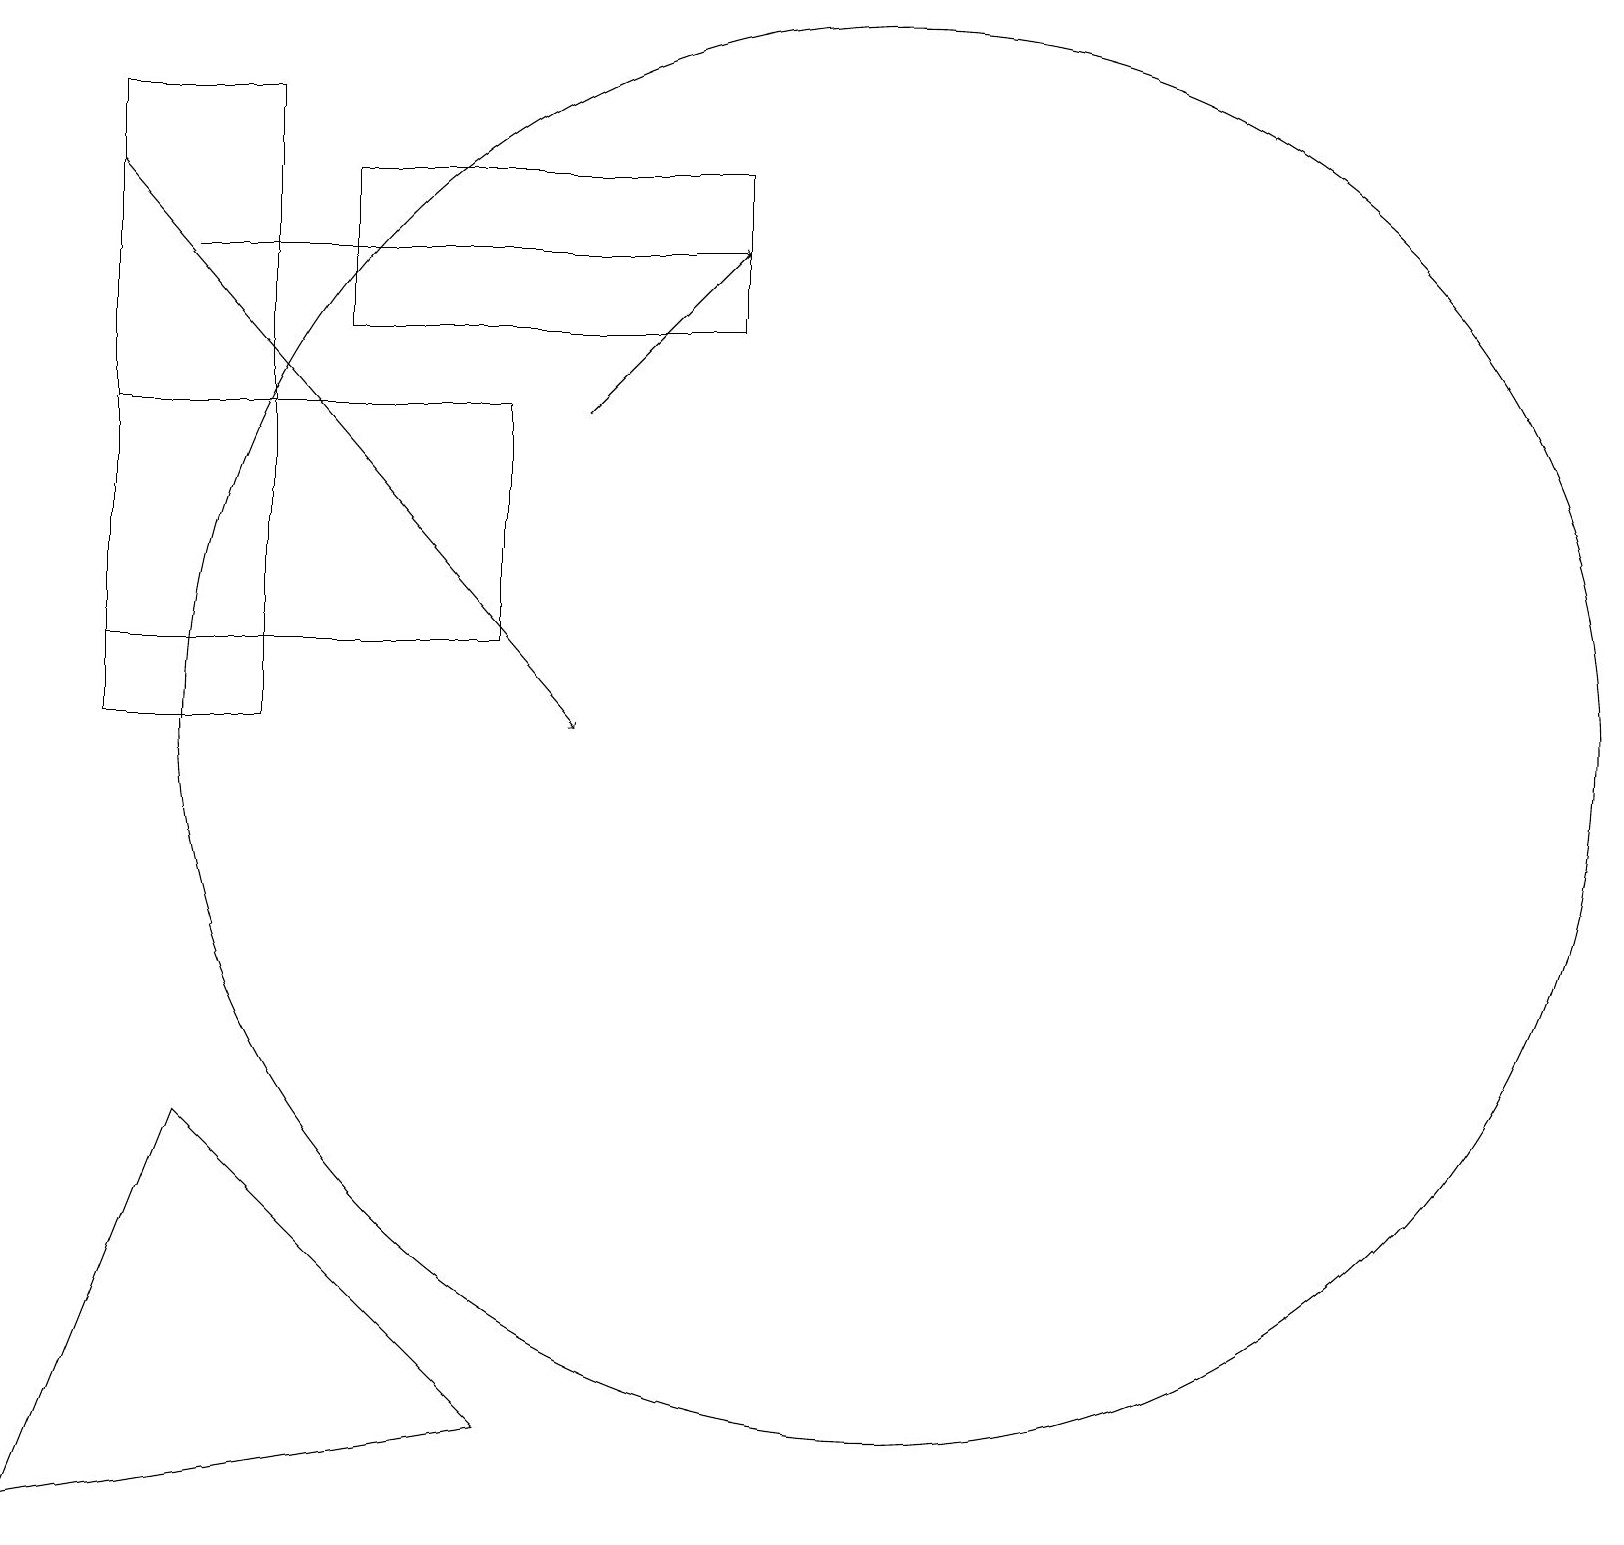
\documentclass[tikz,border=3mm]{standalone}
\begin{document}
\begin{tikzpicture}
\draw[->] (7,15) -- (9,17);
\draw[->] (2,17) -- (9,17);
\draw (3,19) rectangle (1,11);
\draw (6,2) -- (0,1) -- (2,6) -- cycle;
\draw (11,11) circle (9);
\draw[->] (1,18) -- (7,11);
\draw (9,18) rectangle (4,16);
\draw (6,12) rectangle (1,15);
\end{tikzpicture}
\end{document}